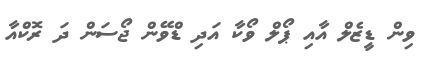
ވިން ޑީޒެލް އާއި ޕޯލް ވޯކާ އަދި ޑްވޭން ޖޯސަން ދަ ރޮކްއާ